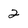
Character: 2